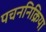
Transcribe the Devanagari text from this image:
पचननिक्रिया